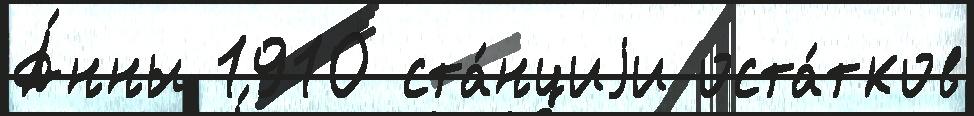
А́нны 1910 ста́нциjи оста́тков